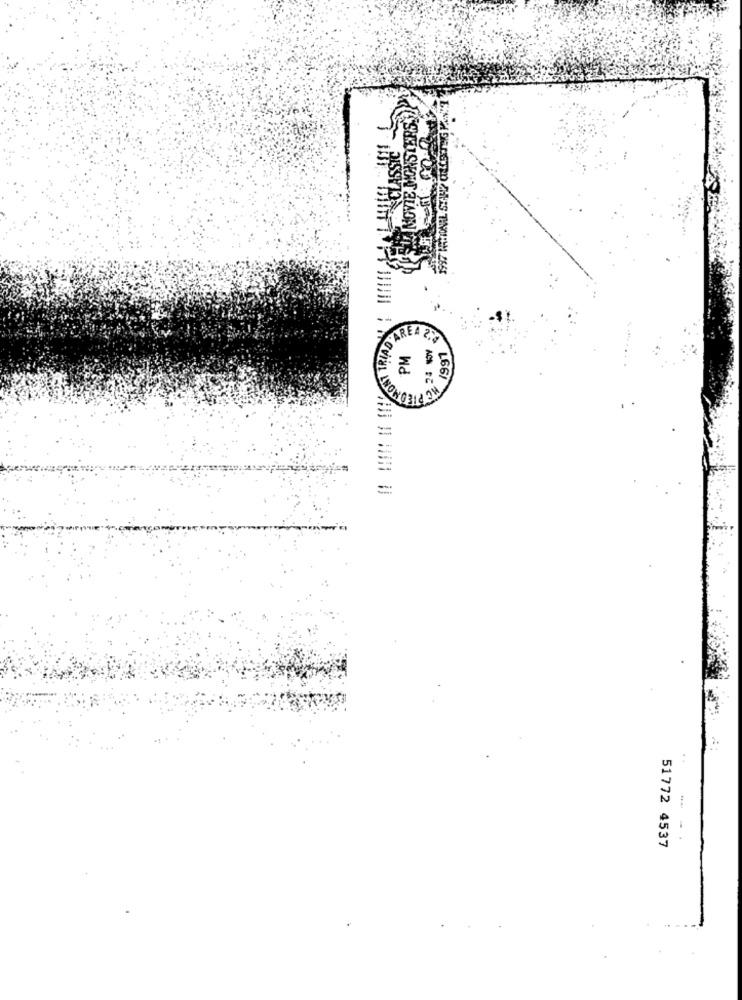
D'AREA 2.2
1991
HC PIEDMONT
...
51772 4537